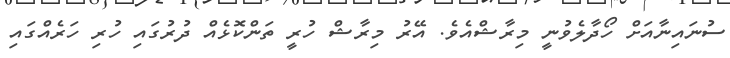
ސުނައިނާއަށް ހޯދާލެވުނީ މިރާޝްއެވެ. އޭރު މިރާޝް ހުރީ ތަންކޮޅެއް ދުރުގައި ހުރި ހަރެއްގައި